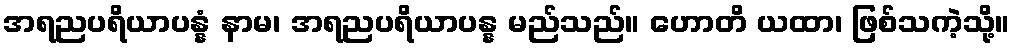
အရညပရိယာပန္နံ နာမ၊ အရညပရိယာပန္န မည်သည်။ ဟောတိ ယထာ၊ ဖြစ်သကဲ့သို့။